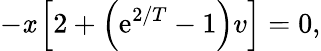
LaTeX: -\mathit{x}\left[2+\left(\mathrm{{e}}^{2/T}-1\right)v\right]=0,